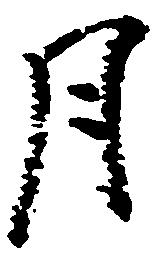
月